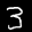
Label: 3